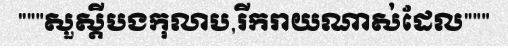
"""សួស្តីបងកុលាប,រីករាយណាស់ដែល"""